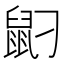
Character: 𪔸